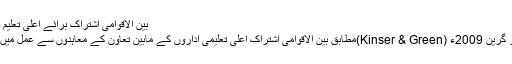
بین الاقوامی اشتراک برائے اعلیٰ تعلیم و تحقیق:
کنسر اور گرین 2009ء (Kinser & Green)مطابق بین الاقوامی اشتراک اعلیٰ تعلیمی اداروں کے مابین تعاون کے معاہدوں سے عمل میں آتی ہے۔